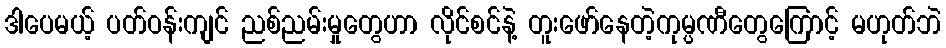
ဒါပေမယ့် ပတ်ဝန်းကျင် ညစ်ညမ်းမှုတွေဟာ လိုင်စင်နဲ့ တူးဖော်နေတဲ့ကုမ္ပဏီတွေကြောင့် မဟုတ်ဘဲ